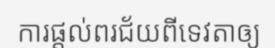
ការផ្តល់ពរជ័យពីទេវតាឲ្យ